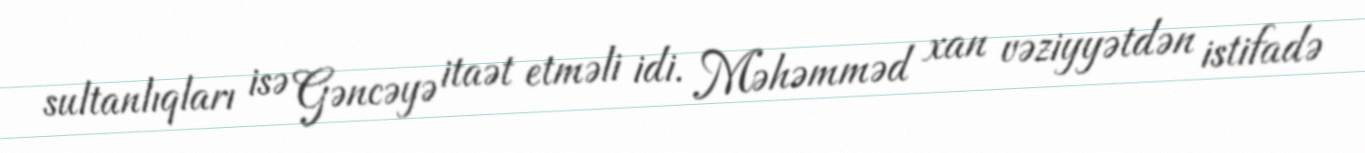
sultanlıqları isə Gəncəyə itaət etməli idi. Məhəmməd xan vəziyyətdən istifadə